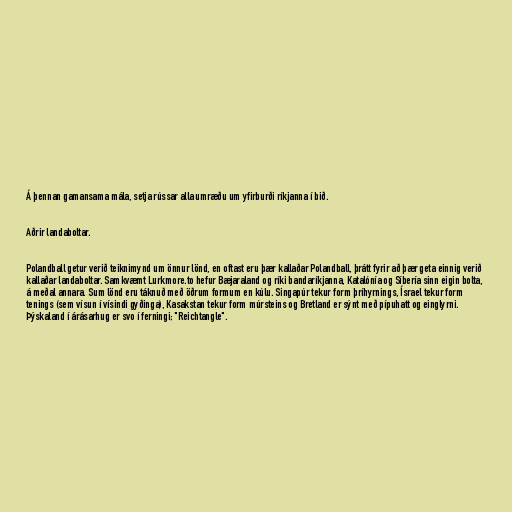
Á þennan gamansama mála, setja rússar alla umræðu um yfirburði ríkjanna í bið.

Aðrir landaboltar.

Polandball getur verið teiknimynd um önnur lönd, en oftast eru þær kallaðar Polandball, þrátt fyrir að þær geta einnig verið
kallaðar landaboltar. Samkvæmt Lurkmore.to hefur Bæjaraland og ríki bandaríkjanna, Katalónía og Síbería sinn eigin bolta,
á meðal annara. Sum lönd eru táknuð með öðrum formum en kúlu. Singapúr tekur form þríhyrnings, Ísrael tekur form
tenings (sem vísun í vísindi gyðinga), Kasakstan tekur form múrsteins og Bretland er sýnt með pípuhatt og einglyrni.
Þýskaland í árásarhug er svo í ferningi; "Reichtangle".